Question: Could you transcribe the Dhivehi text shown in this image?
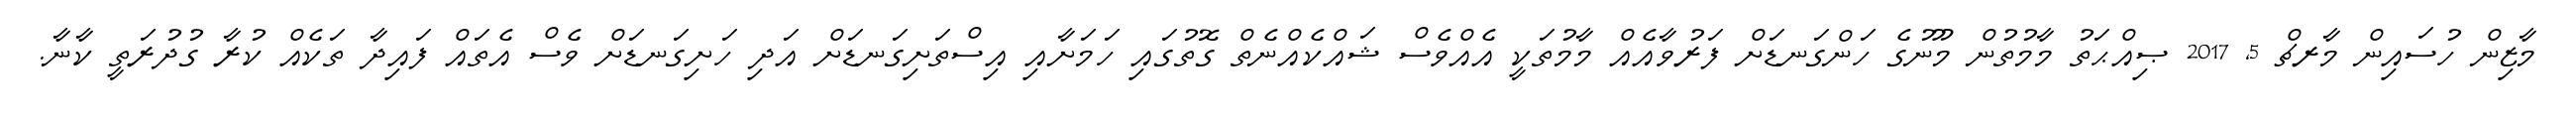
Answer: މާޒިން ހުސައިން މާރޗް 5, 2017 ޞިއްޙަތު މާމުތުން މޫނުގެ ހަންގަނޑަށް ފަރުވާއެއް މާމުތަކީ އެއްވެސް ޝައްކެއްނެތް ގޮތުގައި ހަމަށާއި އިސްތަށިގަނޑަށް އަދި ހަށިގަނޑަށް ވެސް އެތައް ފައިދާ ތަކެއް ކުރާ ގުދުރަތީ ކާނާ.